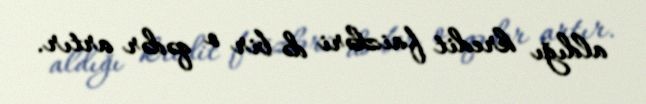
aldığı kredit faizləri də bir o qədər artır.